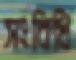
সংবিধি